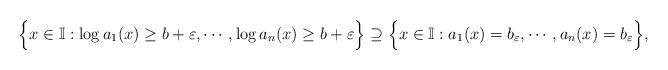
LaTeX: \begin{align*}\Big\{x \in \mathbb{I}: \log a_1(x) \geq b + \varepsilon, \cdots, \log a_n(x) \geq b + \varepsilon\Big\} \supseteq\Big\{x \in \mathbb{I}:a_1(x) = b_\varepsilon, \cdots, a_n(x)= b _\varepsilon\Big\},\end{align*}